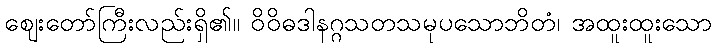
ဈေးတော်ကြီးလည်းရှိ၏။ ဝိဝိဓဒါနဂ္ဂသတသမုပသောဘိတံ၊ အထူးထူးသော